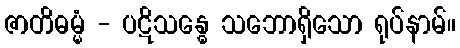
ဇာတိဓမ္မံ - ပဋိသန္ဓေ သဘောရှိသော ရုပ်နာမ်။